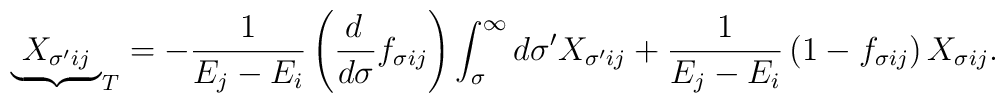
{\underbrace{\ X_{\sigma^\prime ij}\ }}_T= -{1\over E_j - E_i}\left({d\,\over d\sigma}f_{\sigma ij}\right)\int_\sigma^\infty d\sigma^\prime X_{\sigma^\prime ij}+ {1\over E_j - E_i}\left(1-f_{\sigma ij}\right)X_{\sigma ij}.